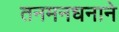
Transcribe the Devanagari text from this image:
तनमनधनाने